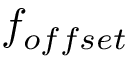
f _ { o f f s e t }